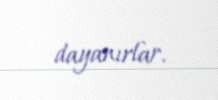
dayanırlar.